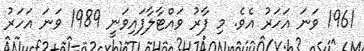
1961 ވަނަ އަހަރު އެވެ. މި ފާރު ވައްޓާލާފައިވަނީ 1989 ވަނަ އަހަރު